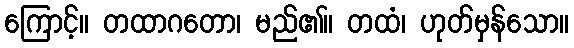
ကြောင့်။ တထာဂတော၊ မည်၏။ တထံ၊ ဟုတ်မှန်သော။